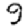
Digit: 9